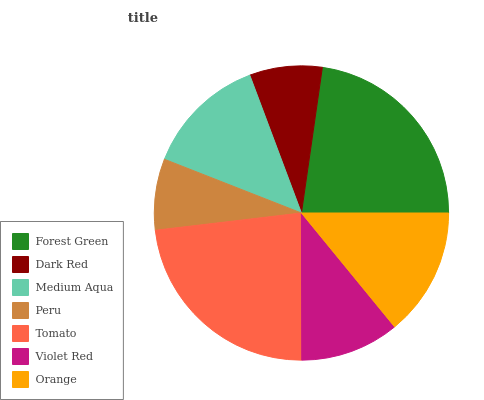
| Forest Green | Dark Red | Medium Aqua | Peru | Tomato | Violet Red | Orange |
 | --- | --- | --- | --- | --- | --- | --- |
 | 22.7% | 7.97% | 13.3% | 7.81% | 23.2% | 10.9% | 14.1% |